Indian journal of veterinary science and animal husbandry - Volume 4,
Year: 1934
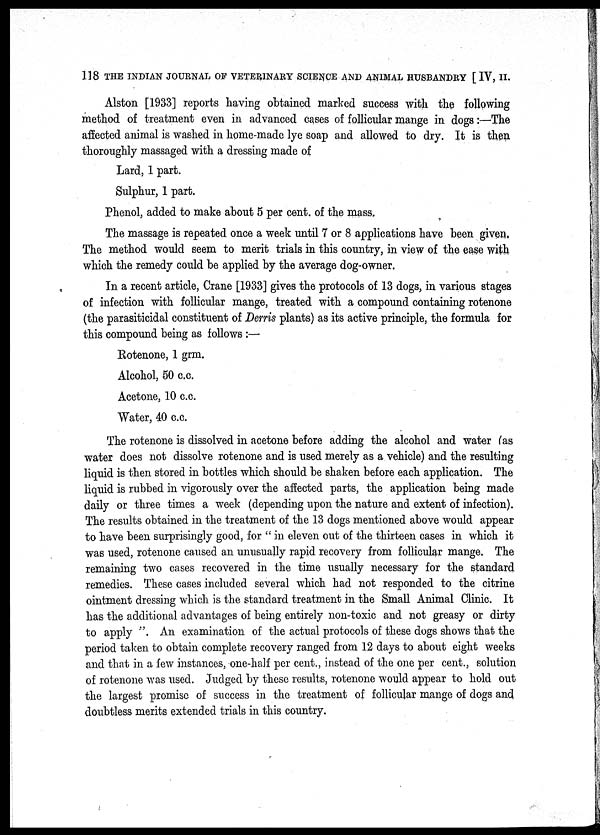
118 THE INDIAN JOURNAL OF VETERINARY SCIENCE AND ANIMAL HUSBANDRY [IV, II.
Alston [1933] reports having obtained marked success with the following
method of treatment even in advanced cases of follicular mange in dogs:—The
affected animal is washed in home-made lye soap and allowed to dry. It is then
thoroughly massaged with a dressing made of
Lard, 1 part.
Sulphur, 1 part.
Phenol, added to make about 5 per cent. of the mass.
The massage is repeated once a week until 7 or 8 applications have been given.
The method would seem to merit trials in this country, in view of the ease with
which the remedy could be applied by the average dog-owner.
In a recent article, Crane [1933] gives the protocols of 13 dogs, in various stages
of infection with follicular mange, treated with a compound containing rotenone
(the parasiticidal constituent of Derris plants) as its active principle, the formula for
this compound being as follows :—
Rotenone, 1 grm.
Alcohol, 50 c.c.
Acetone, 10 c.c.
"Water, 40 c.c.
The rotenone is dissolved in acetone before adding the alcohol and water (as
water does not dissolve rotenone and is used merely as a vehicle) and the resulting
liquid is then stored in bottles which should be shaken before each application. The
liquid is rubbed in vigorously over the affected parts, the application being made
daily or three times a week (depending upon the nature and extent of infection).
The results obtained in the treatment of the 13 dogs mentioned above would appear
to have been surprisingly good, for " in eleven out of the thirteen cases in which it
was used, rotenone caused an unusually rapid recovery from follicular mange. The
remaining two cases recovered in the time usually necessary for the standard
remedies. These cases included several which had not responded to the citrine
ointment dressing which is the standard treatment in the Small Animal Clinic. It
has the additional advantages of being entirely non-toxic and not greasy or dirty
to apply ". An examination of the actual protocols of these dogs shows that the
period taken to obtain complete recovery ranged from 12 days to about eight weeks
and that in a few instances, one-half per cent., instead of the one per cent., solution
of rotenone was used. Judged by these results, rotenone would appear to hold out
the largest promise of success in the treatment of follicular mange of dogs and
doubtless merits extended trials in this country.